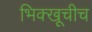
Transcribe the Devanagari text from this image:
भिक्खूचीच